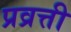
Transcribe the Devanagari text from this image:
प्रव्रत्ती